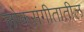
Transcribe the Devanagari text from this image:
लोकसंगीतातील